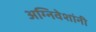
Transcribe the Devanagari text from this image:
अग्निवेशांनी